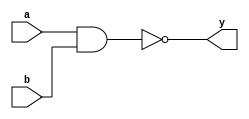
module nand_primitive(a, b, y);
    input a, b;
    output y;

    nand #(10) instance0(y, a, b);
endmodule